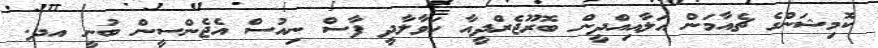
ކޮމިޝަންގެ ޗެއާމަން އަލާއިއްދީން ބޮރޫޖެރްދީއާ ހަވާލާދީ ފާސް ނިއުސް އެޖެންސީން ބުނީ އދ.